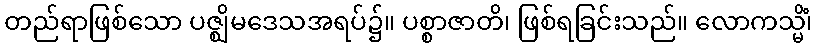
တည်ရာဖြစ်သော ပဇ္ဈိမဒေသအရပ်၌။ ပစ္စာဇာတိ၊ ဖြစ်ရခြင်းသည်။ လောကသ္မိံ၊